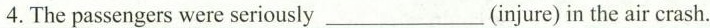
4. The passengers were seriously ___ (injure) in the air crash.